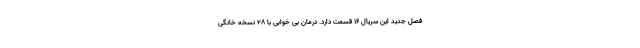
فصل جدید این سریال 16 قسمت دارد. درمان بی خوابی با 28 نسخه خانگی